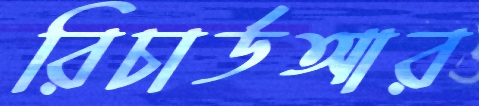
রিচার্ডআর